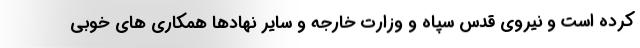
کرده است و نیروی قدس سپاه و وزارت خارجه و سایر نهادها همکاری های خوبی